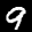
Label: 9